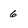
Character: 6